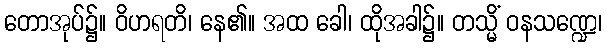
တောအုပ်၌။ ဝိဟရတိ၊ နေ၏။ အထ ခေါ၊ ထိုအခါ၌။ တသ္မိံ ဝနသဏ္ဍေ၊